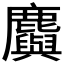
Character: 𪋮